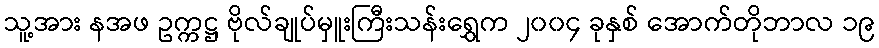
သူ့အား နအဖ ဥက္ကဋ္ဌ ဗိုလ်ချုပ်မှူးကြီးသန်းရွှေက ၂၀၀၄ ခုနှစ် အောက်တိုဘာလ ၁၉